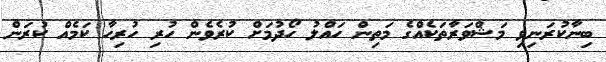
ބިނާކުރަނިވި މަޝްވަރާތަކެއްގެ މަތިން ހައްލު ހޯދުމަށް ކުރެވެން ހުރި ހުރިހާ ކަމެއް ކުރަން